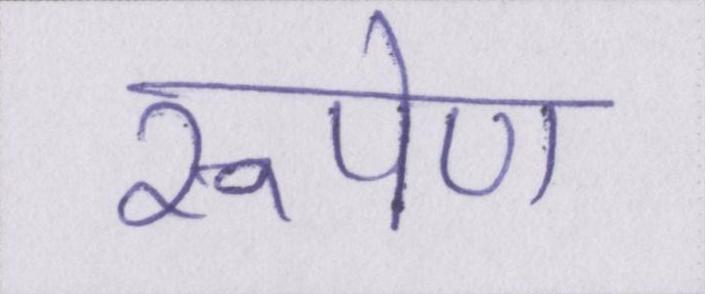
रूपेण